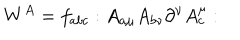
LaTeX: W ^ { A } = f _ { a b c } : A _ { a \mu } A _ { b \nu } \partial ^ { \nu } A _ { c } ^ { \mu } :